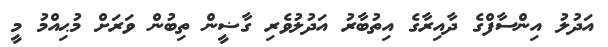
އަދުލު އިންސާފްގެ ދާއިރާގެ އިތުބާރު އަދުލުވެރި ގާޟީން ތިބުން ވަރަށް މުޙިއްމު މީ